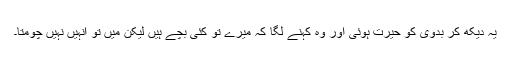
یہ دیکھ کر بدوی کو حیرت ہوئی اور وہ کہنے لگا کہ میرے تو کئی بچے ہیں لیکن میں تو انہیں نہیں چومتا۔